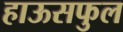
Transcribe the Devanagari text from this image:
हाऊसफुल